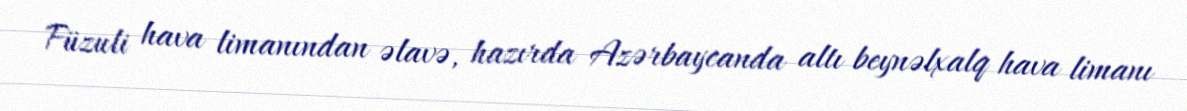
Füzuli hava limanından əlavə, hazırda Azərbaycanda altı beynəlxalq hava limanı